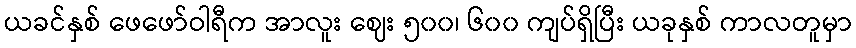
ယခင်နှစ် ဖေဖော်ဝါရီက အာလူး ဈေး ၅၀၀၊ ၆၀၀ ကျပ်ရှိပြီး ယခုနှစ် ကာလတူမှာ